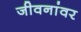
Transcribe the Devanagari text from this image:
जीवनांवर